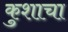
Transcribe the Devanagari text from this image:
कुशाचा